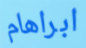
ابراهام